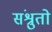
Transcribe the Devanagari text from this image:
संश्रुतो